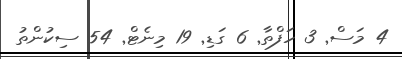
4 މަސް